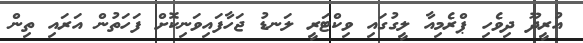
އުރީދޫ ދިވެހި ޕްރެމިއާ ލީގުގައި ވިކްޓަރީ ލަނޑު ޖަހާފައިވަނިކޮށް ފަހަތުން އަރައި ތިން